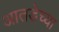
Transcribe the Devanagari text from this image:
आतडेच्या